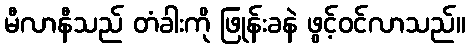
မီလာနီသည် တံခါးကို ဖြုန်းခနဲ ဖွင့်ဝင်လာသည်။